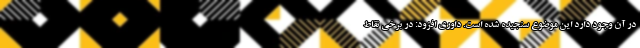
در آن وجود دارد این موضوع سنجیده شده است. داوری افزود: در برخی نقاط